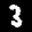
Label: 3